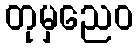
တုမှညေဝ